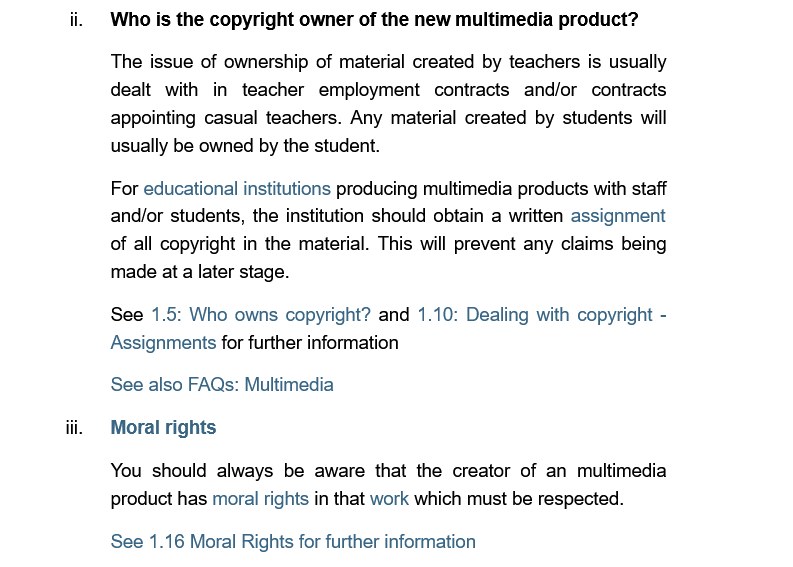
Moral rights

     Who is the copyright owner of the new multimedia  product?
     The issue of ownership of material created by teachers is usually
     dealt with in  teacher employment   contracts and/or  contracts
     appointing casual teachers. Any material created by students will
     usually be owned by the student.
     For educational institutions producing multimedia products with staff
     and/or students, the institution should obtain a written assignment
     of all copyright in the material. This will prevent any claims being
     made  at a later stage.
     See  1.5: Who owns copyright? and 1.10: Dealing with copyright -
     Assignments for further information
     See also FAQs: Multimedia
     You  should always be  aware that the creator of an multimedia
     product has moral rights in that work which must be respected.
     See 1.16 Moral Rights for further information